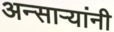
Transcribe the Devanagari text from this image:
अन्साऱ्यांनी